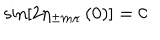
LaTeX: \sin \left[ 2 \eta _ { \pm m \kappa } \left( 0 \right) \right] = 0